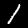
Digit: 1